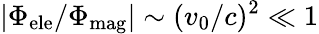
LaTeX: |\Phi_{\textrm{ele}}/\Phi_{\textrm{mag}}|\sim(v_{0}/c)^{2}\ll 1